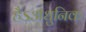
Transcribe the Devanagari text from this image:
हैऽअधुनिक